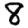
Digit: 8